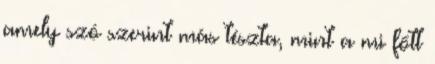
amely szó szerint más tészta, mint a mi főtt